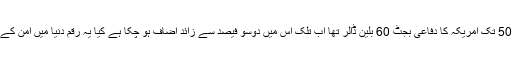
محققین کہتے ہیں کہ1947-50 تک امریکہ کا دفاعی بجٹ 60 بلین ڈالر تھا اب تلک اس میں دوسو فیصد سے زائد اضاف ہو چکا ہے کیا یہ رقم دنیا میں امن کے قیام کے لیے خرچ کی گئی؟